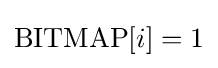
\mathrm {BITMAP} [i]=1